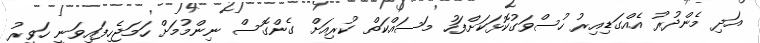
އަދި މެންދުރު އެއްގަޑިއިރު ހުސްވަގުކޮޅަކަށްފަހު މަސައްކަތް ކުރިއަށް ގެންގޮސް ނިންމުމަށް ހަމަޖެހިފައިވަނީ ހަވީރު